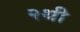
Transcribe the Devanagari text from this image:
२थी